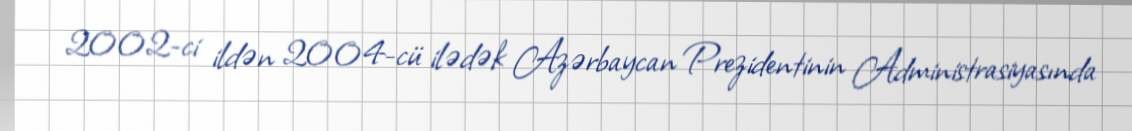
2002-ci ildən 2004-cü ilədək Azərbaycan Prezidentinin Administrasiyasında